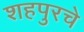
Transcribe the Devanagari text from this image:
शहपुरचे